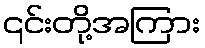
၎င်းတို့အကြား